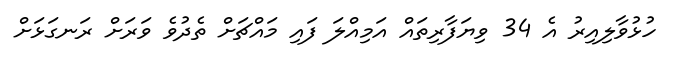
ހުޅުވާލިއިރު އެ 34 ވިޔަފާރިތައް އަމިއްލަ ފައި މައްޗަށް ތެދުވެ ވަރަށް ރަނގަޅަށް